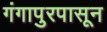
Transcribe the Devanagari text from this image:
गंगापुरपासून